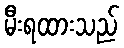
မီးရထားသည်